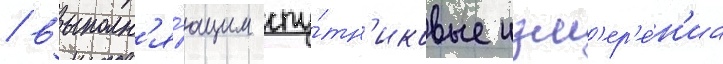
/ выполн'я́ющим спу́тн'иковые изм'ер'е́н'иа